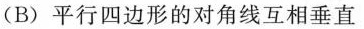
(B)平行四边形的对角线互相垂直